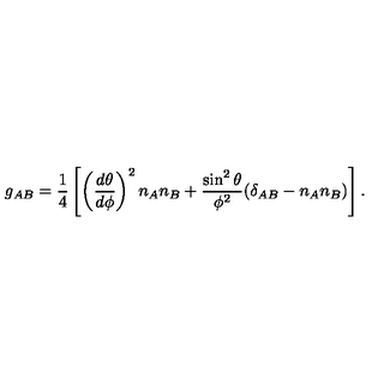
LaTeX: g _ { A B } = { \frac { 1 } { 4 } } \left[ \left( { \frac { d \theta } { d \phi } } \right) ^ { 2 } n _ { A } n _ { B } + { \frac { \sin ^ { 2 } \theta } { \phi ^ { 2 } } } ( \delta _ { A B } - n _ { A } n _ { B } ) \right] .